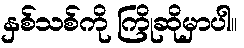
နှစ်သစ်ကို ကြိုဆိုမှာပါ။